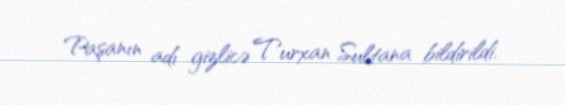
Paşanın adı gizlicə Turxan Sultana bildirildi.